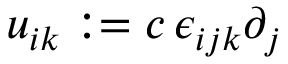
u _ { i k } : = c \, \epsilon _ { { i j k } } \partial _ { j }